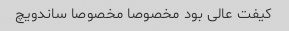
کیفت عالی بود مخصوصا مخصوصا ساندویچ